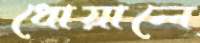
ধোয়ালে